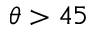
\theta > 4 5